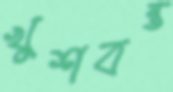
খুশবন্ত